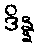
ဒိန္န